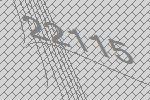
22115